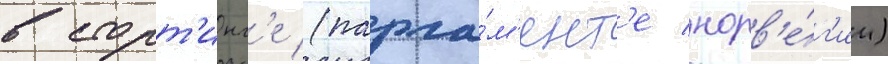
в сторт'инг'е (парла́м'ент'е норв'е́г'ии)